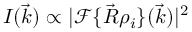
I ( \vec { k } ) \propto | \mathcal F \{ \vec { R } \rho _ { i } \} ( \vec { k } ) | ^ { 2 }